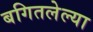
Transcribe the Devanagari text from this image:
बगितलेल्या